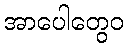
အာပေါတွေဝ